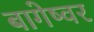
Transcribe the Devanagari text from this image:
बागेष्वर